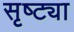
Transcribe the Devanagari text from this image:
सृष्ट्या